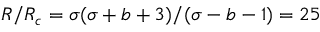
R / R _ { c } = \sigma ( \sigma + b + 3 ) / ( \sigma - b - 1 ) = 2 5